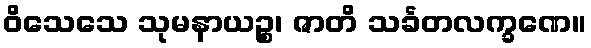
ဝိသေသေ သုမနာယဉ္စ၊ ဇာတိ သင်္ခတလက္ခဏေ။